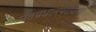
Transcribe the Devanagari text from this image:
पंतप्रधानपदावरच